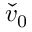
\check { v } _ { 0 }